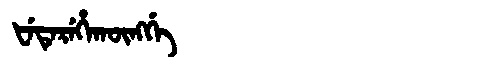
Manchu: ᡶᡝᡨᡝᡵᡝᡥᠠᡴᡡᠩᡤᡝ
Romanization: FETEREHAKŪNGGE